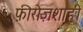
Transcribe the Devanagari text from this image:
फ़ीरोज़शाही